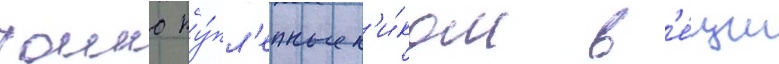
таино ку́пл'енные н'и́ком в'е́щи